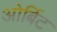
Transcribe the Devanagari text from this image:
ओर्बिट